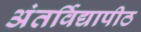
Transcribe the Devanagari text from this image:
अंतर्विद्यापीठ